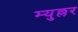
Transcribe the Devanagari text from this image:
म्युल्लर